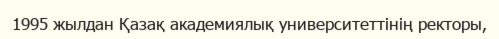
1995 жылдан Қазақ академиялық университеттінің ректоры,